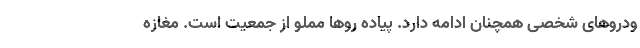
ودروهای شخصی همچنان ادامه دارد. پیاده روها مملو از جمعیت است. مغازه